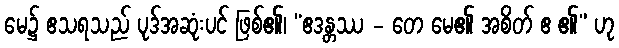
မေ၌ ဧသရသည် ပုဒ်အဆုံးပင် ဖြစ်၏၊ “ဧဒန္တဿ - တေ မေ၏ အစိတ် ဧ ၏” ဟု